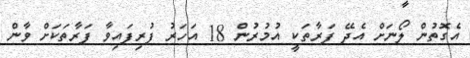
އެގޮތުން ލޯނަށް އެދޭ ފަރާތަކީ އުމުރުން 18 އަހަރު ފުރިފައިވާ ފަރާތަކަށް ވާން